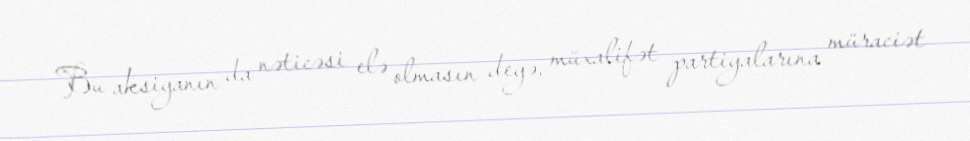
Bu aksiyanın da nəticəsi elə olmasın deyə, müxalifət partiyalarına müraciət